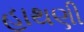
હાથણી